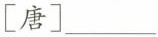
[唐]___